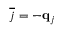
\overline { { j } } = - { \bf q } _ { j }